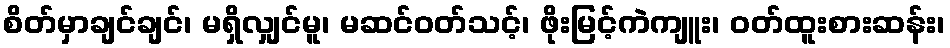
စိတ်မှာချင်ချင်၊ မရှိလျှင်မူ၊ မဆင်ဝတ်သင့်၊ ဖိုးမြင့်ကဲကျူး၊ ဝတ်ထူးစားဆန်း၊